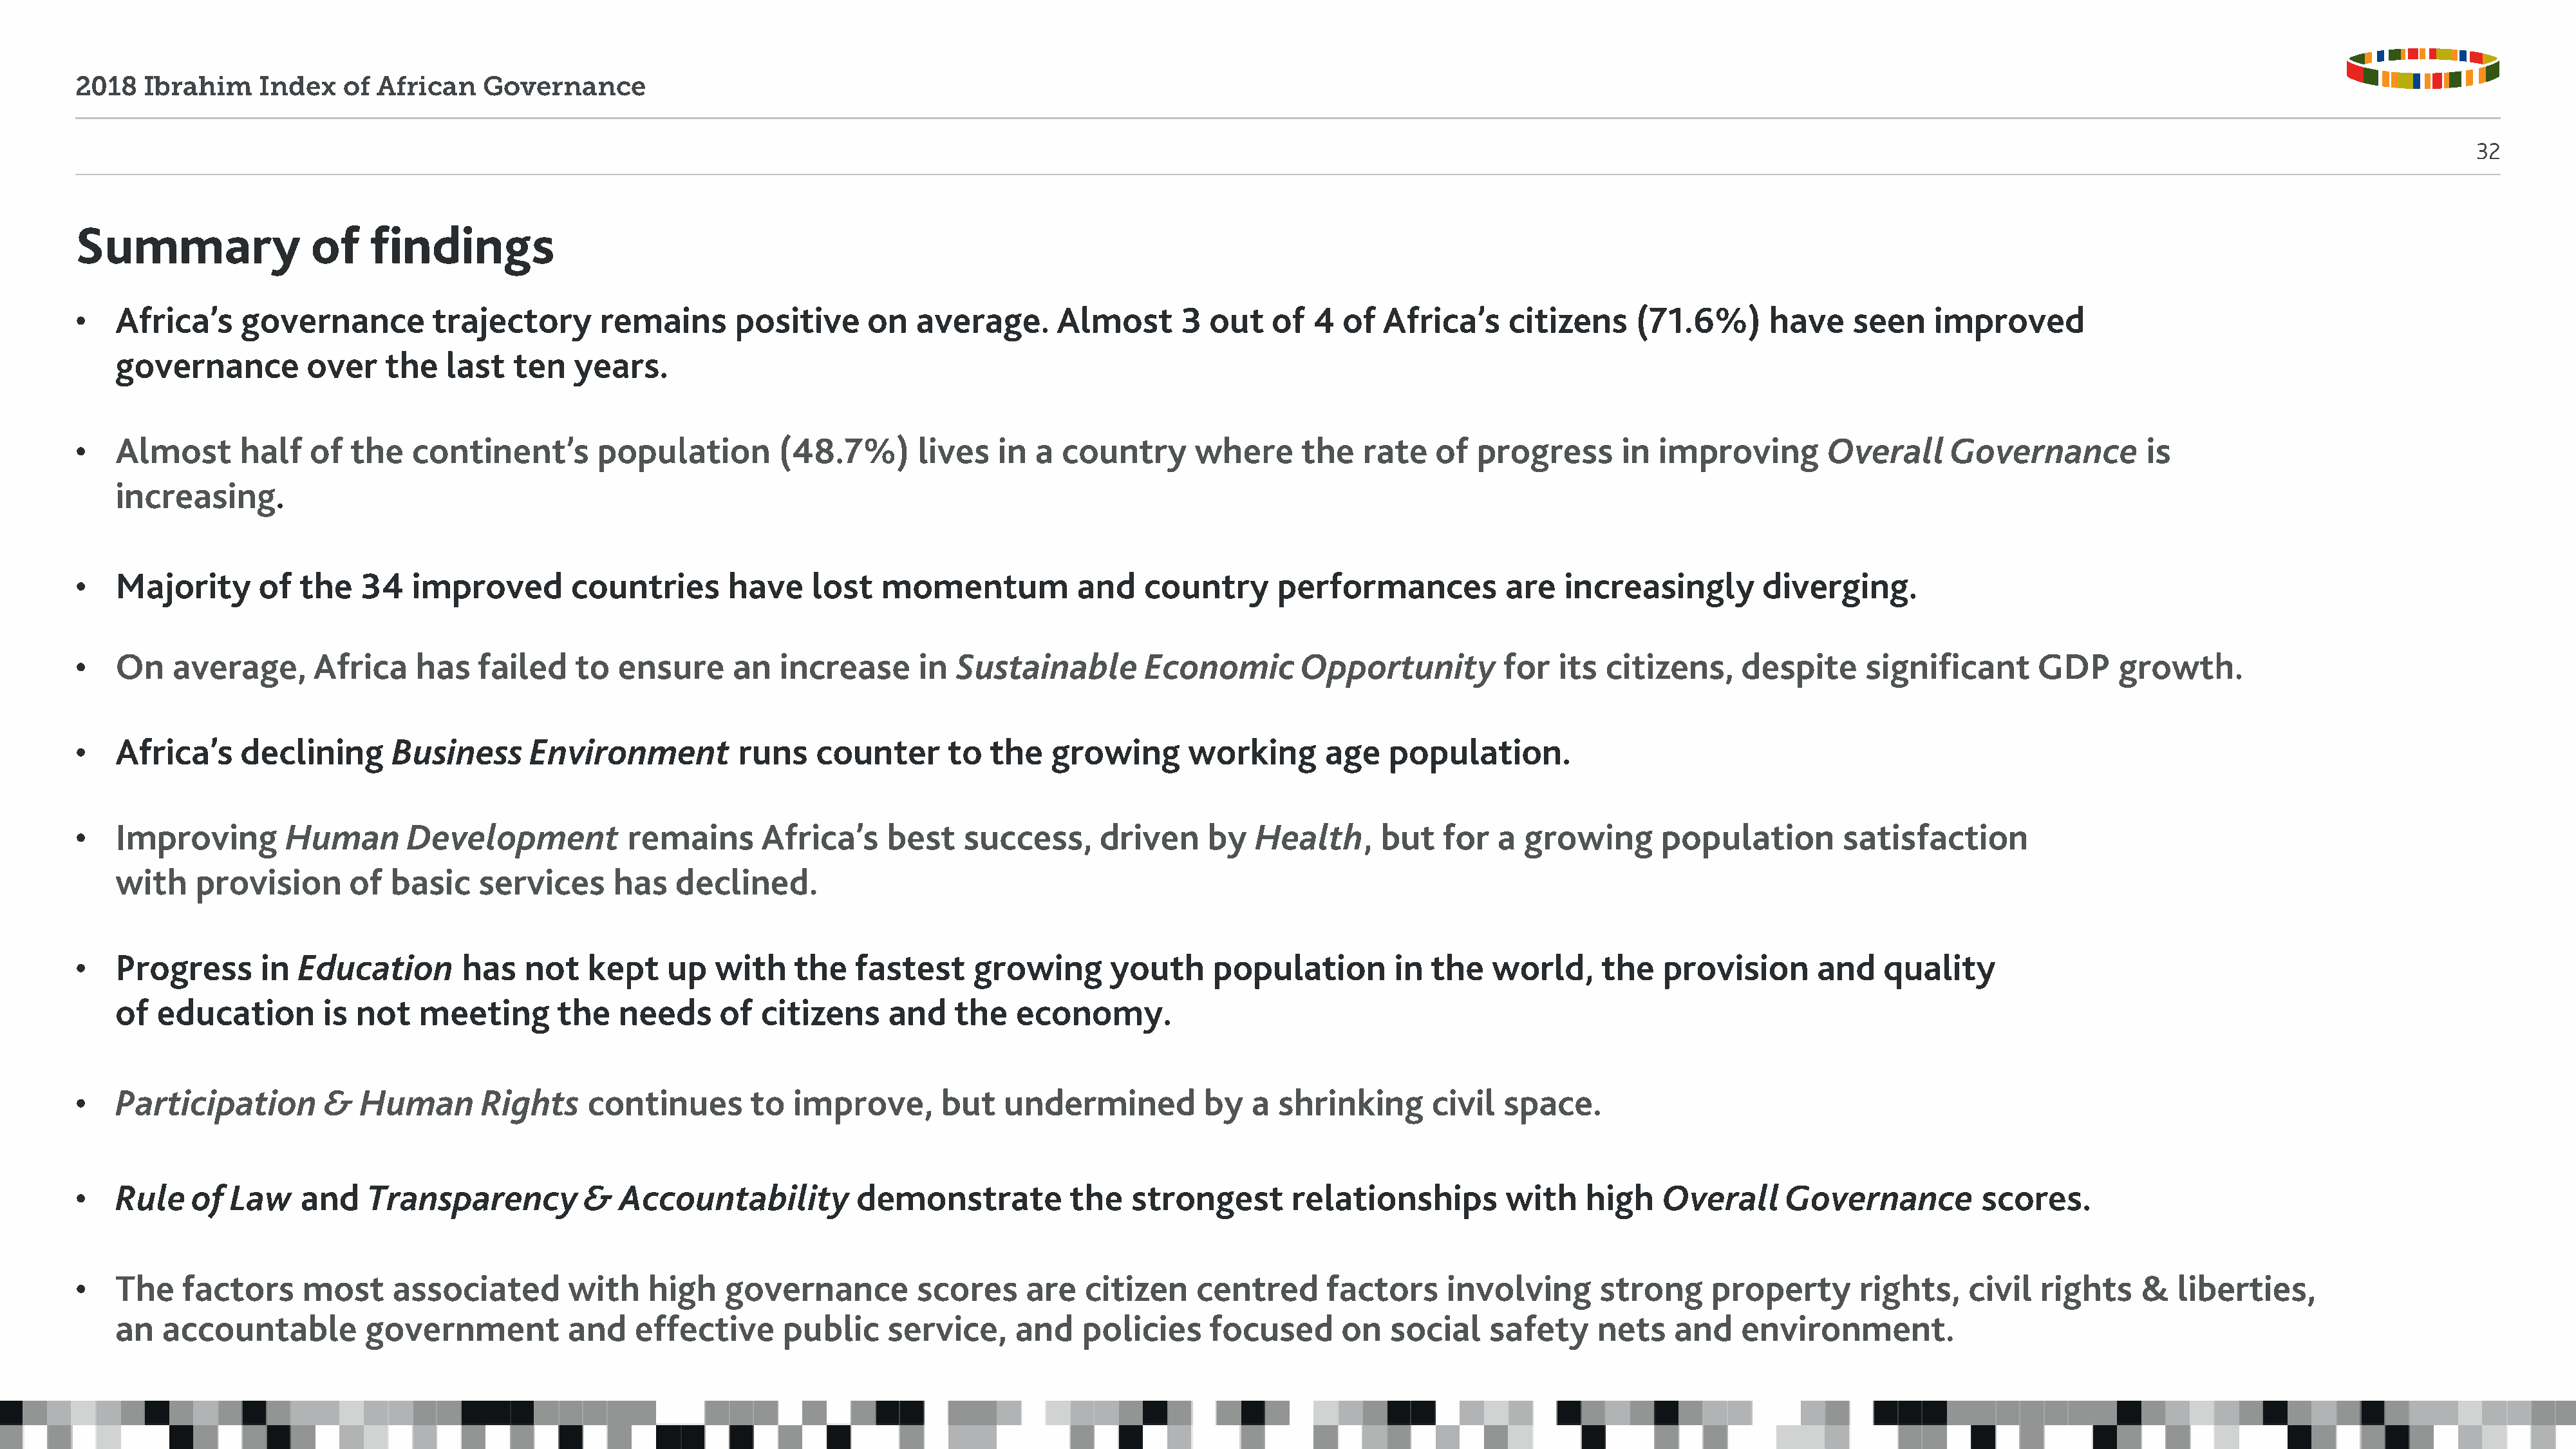
2018   Ibrahim     Index   of  African    Governance
 32
 Summary                 of    findings
 •   Africa’s     governance         trajectory        remains       positive     on   average.       Almost      3  out    of  4  of  Africa’s     citizens     (71.6%)       have    seen     improved
 governance          over    the   last   ten   years.
 •   Almost       half   of  the   continent’s        population         (48.7%)       lives    in a  country       where      the   rate    of  progress       in  improving        Overall     Governance           is
 increasing.
 •   Majority       of  the   34   improved         countries       have    lost    momentum            and    country      performances            are   increasingly        diverging.
 •   On    average,      Africa     has   failed    to   ensure     an   increase      in  Sustainable         Economic        Opportunity          for  its  citizens,     despite      significant      GDP      growth.
 •   Africa’s     declining      Business      Environment           runs    counter      to   the   growing       working       age    population.
 •   Improving        Human        Development           remains       Africa’s     best    success,      driven     by   Health,      but   for   a  growing       population        satisfaction
 with    provision       of  basic    services      has   declined.
 •   Progress       in  Education       has    not   kept     up  with     the   fastest     growing       youth      population        in  the   world,      the   provision       and    quality
 of  education        is  not   meeting       the    needs     of  citizens     and    the   economy.
 •   Participation        &   Human       Rights     continues        to   improve,       but   undermined           by   a shrinking       civil   space.
 •   Rule    of  Law    and    Transparency          &   Accountability          demonstrate           the   strongest        relationships         with    high    Overall     Governance           scores.
 •   The    factors     most     associated        with     high    governance         scores     are    citizen    centred      factors      involving      strong      property       rights,    civil   rights    &   liberties,
 an   accountable          government          and    effective      public     service,     and    policies     focused       on   social    safety     nets    and    environment.